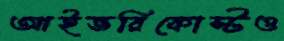
আইভরিকোস্টও